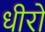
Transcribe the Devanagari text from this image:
धीरो